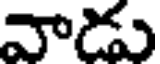
వాడు